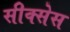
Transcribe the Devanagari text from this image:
सीक्सेस